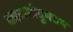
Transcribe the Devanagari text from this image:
कारागोदुमत्तम